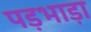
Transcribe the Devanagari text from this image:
पड़भाड़ा